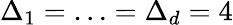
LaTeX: \Delta_{1}=\ldots=\Delta_{d}=4